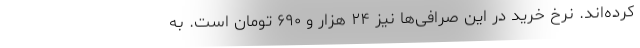
کرده‌اند. نرخ خرید در این صرافی‌ها نیز ۲۴ هزار و ۶۹۰ تومان است. به